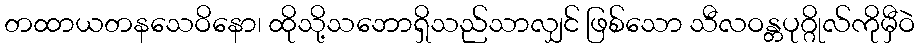
တထာယတနသေဝိနော၊ ထိုသို့သဘောရှိသည်သာလျှင် ဖြစ်သော သီလဝန္တပုဂ္ဂိုလ်ကိုမှီဝဲ